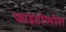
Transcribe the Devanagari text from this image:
फाइटोप्थोरा